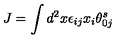
J = \int d ^ { 2 } x \epsilon _ { i j } x _ { i } \theta _ { 0 j } ^ { s }